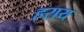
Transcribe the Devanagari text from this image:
हराय